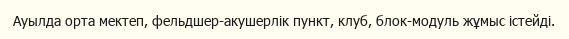
Ауылда орта мектеп, фельдшер-акушерлік пункт, клуб, блок-модуль жұмыс істейді.